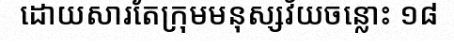
ដោយសារតែក្រុមមនុស្សវ័យចន្លោះ ១៨